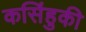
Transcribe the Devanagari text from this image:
कसिंहुकी